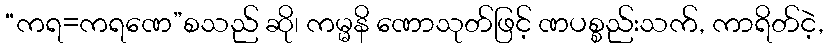
“ကရ=ကရဏေ”စသည် ဆို၊ ကမ္မနိ ဏောသုတ်ဖြင့် ဏပစ္စည်းသက်, ကာရိတ်ငဲ့,